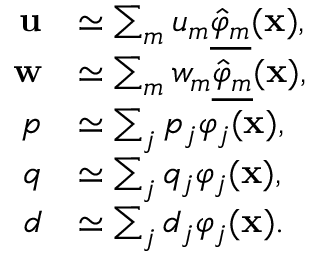
\begin{array} { r l } { \mathbf { u } } & { \simeq \sum _ { m } \mathfrak { u } _ { m } \underline { { \hat { \varphi } _ { m } } } ( \mathbf { x } ) , } \\ { \mathbf { w } } & { \simeq \sum _ { m } \mathfrak { w } _ { m } \underline { { \hat { \varphi } _ { m } } } ( \mathbf { x } ) , } \\ { p } & { \simeq \sum _ { j } \mathfrak { p } _ { j } \varphi _ { j } ( \mathbf { x } ) , } \\ { q } & { \simeq \sum _ { j } \mathfrak { q } _ { j } \varphi _ { j } ( \mathbf { x } ) , } \\ { d } & { \simeq \sum _ { j } \mathfrak { d } _ { j } \varphi _ { j } ( \mathbf { x } ) . } \end{array}